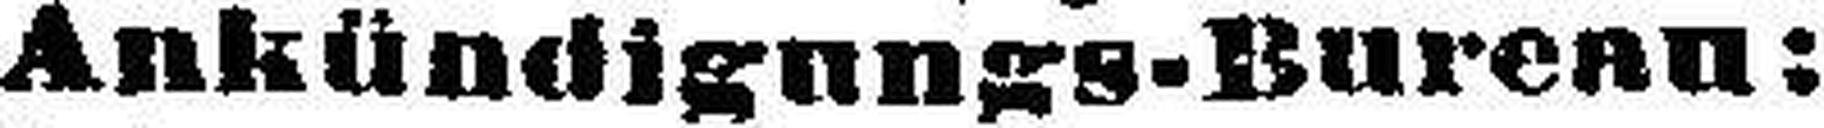
Ankündigungs-Bureau: